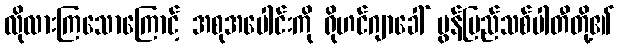
လိုလားကြသောကြောင့် အစုအပေါင်းကို ရိုဟင်ဂျာခေါ် မွန်ပြည်သစ်ပါတီတို့၏